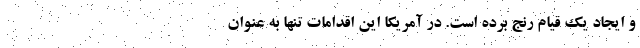
و ایجاد یک قیام رنج برده است. در آمریکا این اقدامات تنها به عنوان